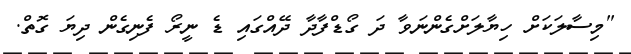
"މިސާލަކަށް ހިޔާލަށްގެންނަވާ ދަ ގޯޑްފާދާ ދޭއްގައި ޑެ ނީރޯ ފެނިގެން ދިޔަ ގޮތް.